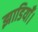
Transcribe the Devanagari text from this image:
झाडियाँ।